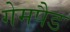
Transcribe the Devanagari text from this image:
गेमपैड